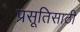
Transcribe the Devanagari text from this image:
प्रसूतिसाठी